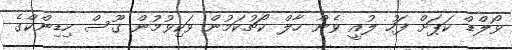
ވޯލްޑް ކަޕަށް ފަހު ލުއީ ވެން ހާލް ކޯޗުކަމުން ވަކިވުމުން ގޫސް ހިޑިންކްގެ